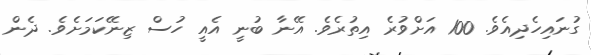
ގުނައިހެދިއެވެ. 100 އަށްވުރެ އިތުރެވެ. އޭނާ ބުނީ އެއީ ހުސް ޒިނޭކަމަށެވެ. ދެން